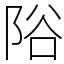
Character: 䧍